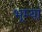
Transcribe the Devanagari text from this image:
भूम्यां